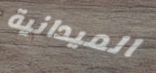
الميدانية